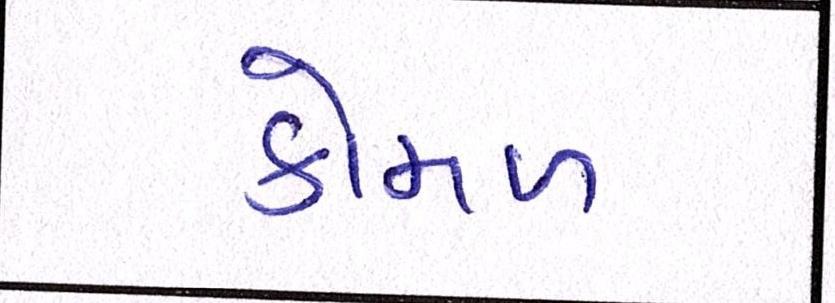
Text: કોમળ